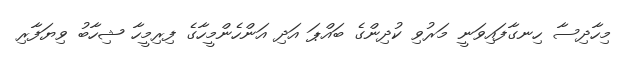
މިހާދިސާ ހިނގާފައިވަނީ މަރުވި ކުދިންގެ ބައްޕަ އަދި އަންހެންމީހާގެ ފިރިމީހާ ޝިހާބު ވިޔަފާރި